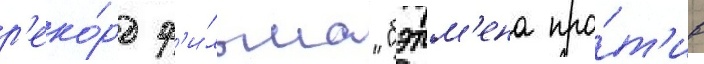
р'еко́рд ф'и́льма "бэтм'ена про́т'ив